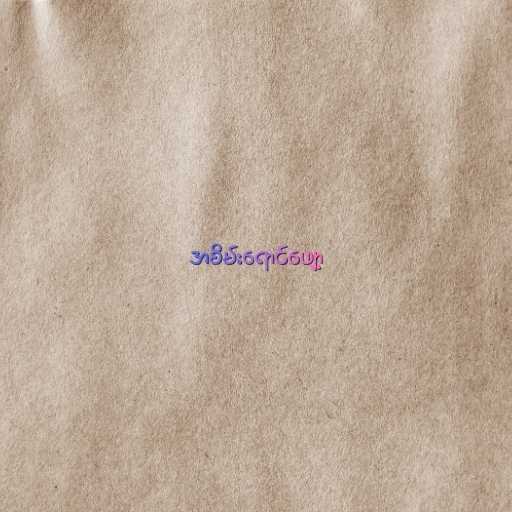
အစိမ်းရောင်ဖျော့